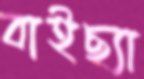
বাইছ্যা